Malaria in India - Number 2
Disease focus: Malaria
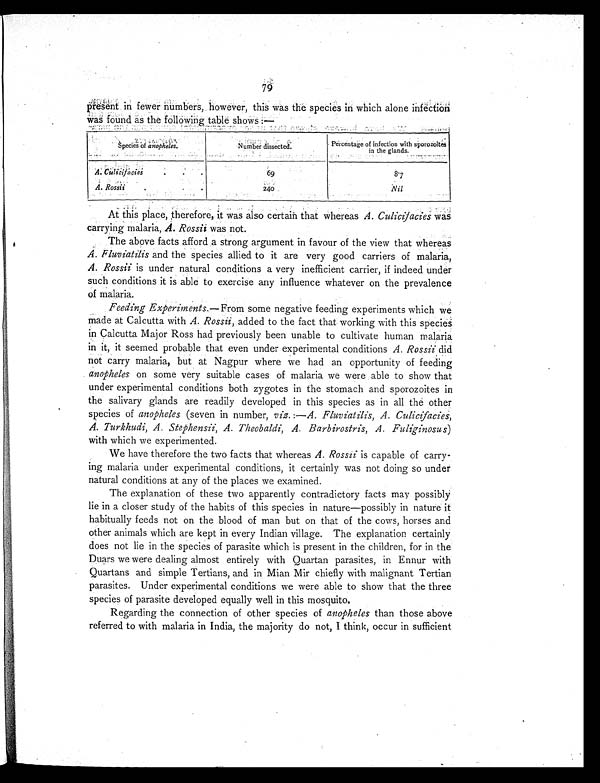
79
present in fewer numbers, however, this was the species in which alone infection
was found as the following table shows.—
s p e c i e s o f a n o p h e l e s
Number dissecte
d
Percentage of infection with sporozoites
in the glands.
A: culicifacies
•
•
•
6 9
87
A. Rossii .
240
Nil
At this place, therefore, it was also certain that whereas A. Culicifacies was
carrying malaria, A. Rossii was not.
The above facts afford a strong argument in favour of the view that whereas
A. Fluviatilis and the species allied to it are very good carriers of malaria,
A. Rossii is under natural conditions a very inefficient carrier, if indeed under
such conditions it is able to exercise any influence whatever on the prevalence
of malaria.
Feeding Experiments.—From some negative feeding experiments which we
made at Calcutta with A. Rossii, added to the fact that working with this species
in Calcutta Major Ross had previously been unable to cultivate human malaria
in it, it seemed probable that even under experimental conditions A. Rossii did
not carry malaria, but at Nagpur where we had an opportunity of feeding
anopheles on some very suitable cases of malaria we were able to show that
under experimental conditions both zygotes in the stomach and sporozoites in
the salivary glands are readily developed in this species as in all the other
species of anopheles (seven in number, viz.:—A. Fluviatilis, A. Culicifacies,
A. Turkhudi, A. Stephensii, A. Theobaldi, A. Barbirostris, A. Fuliginosus)
with which we experimented.
We have therefore the two facts that whereas A. Rossii is capable of carry-
ing malaria under experimental conditions, it certainly was not doing so under
natural conditions at any of the places we examined.
The explanation of these two apparently contradictory facts may possibly
lie in a closer study of the habits of this species in nature—possibly in nature it
habitually feeds not on the blood of man but on that of the cows, horses and
other animals which are kept in every Indian village. The explanation certainly
does not lie in the species of parasite which is present in the children, for in the
Duars we were dealing almost entirely with Quartan parasites, in Ennur with
Quartans and simple Tertians, and in Mian Mir chiefly with malignant Tertian
parasites. Under experimental conditions we were able to show that the three
species of parasite developed equally well in this mosquito.
Regarding the connection of other species of anopheles than those above
referred to with malaria in India, the majority do not, I think, occur in sufficient